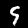
Label: 9